Lunatic asylums Madras 1892-1911 - 1892-1911
Year: 1892
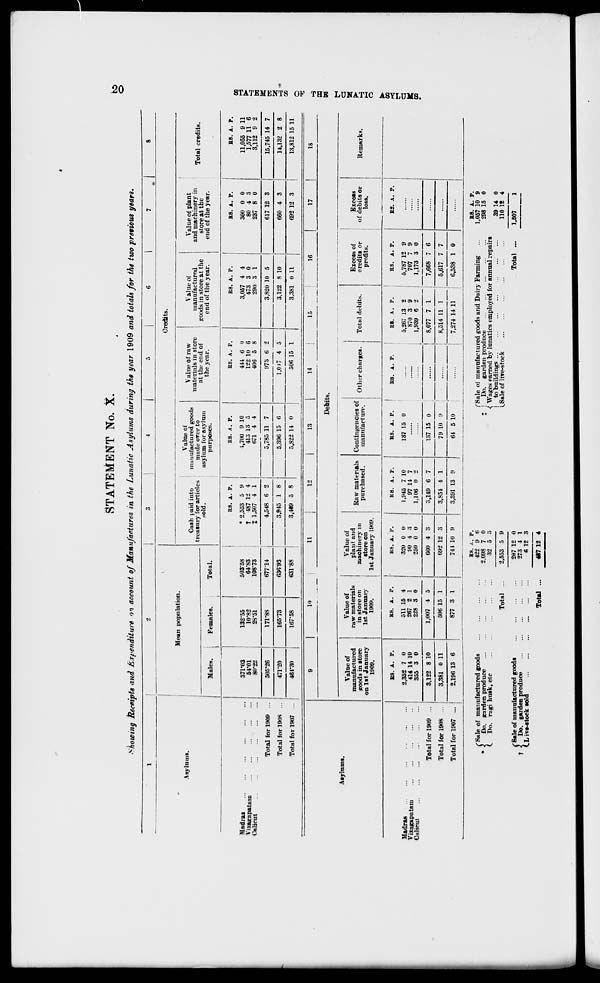
STATEMENT No. X.
^howtng Receipts and Expenditure 01 account of Manufactures in the Lunatic Asylums during the year 1909 and totals for the two previous years.
O
Mean population.
Asylums.
Males.
Females.
Total.
Credits.
Cash paid into
treasury for articles
sold.
Value of
manufactured goods
made orer to
asylum for asylum
purposes.
Value of raw
materials in store
at the end of
the year.
Value of
manufactured
goods in store at the
end of the year.
Value of plant
and machinery in
store at the
end of the year.
Total credits.
Madras
ViKagapatam
Calicut
Total for 1909
Total for]90S
Total for 1907
371-03
54*01
80-22
505-26
471-20
46P30
132-55
10-82
28-51
171-88
165-73
167-58
503-58
64-S3
108-73
R8. A. P.
* 2,553 5 9
t 487 12 4
X 1,507 4 1
67714
636-93
4,548 6 2
3,945 1 8
631-88
3,4*9 5 8
R8. A. P.
1,700 9 10
413 13 5
671 4 4
5,785 11 7
5,396 15 6
5,822 14 0
RS. A. P.
444 6 0
122 10 6
406 5 8
973 6 2
1,0 r,
506 15 1
BS. A. P.
3,057 4 4
473 3 0
29(1 3 1
3,820 10 5
KS. A. P.
300 0 0
80 4 3
237 8 0
617 12 3
3,122 8 10
3,381 0 11
660 4 3
692 12 3
B8. A. P.
11,055 9 11
1,577 11 6
3,112 9 2
15,745 14 7
14,132 2 8
13,812 15 11
CO
H
CO
C
•-3
a
M
a
►
CO
f
a
K
GO
Asylums.
9
10
11
12
1
I
M
14
i
15
16
17
1
18
Debits.
Value of
manufactured
goods in store
on 1st January
1909.
Value of
raw materials
in store on
1st January
1909.
Value of
plant and
machinery in
store on
1st January 1909.
Raw materials
purchased.
Contingencies of
manufacture.
Other charges.
Total dehits.
Excess of
credits or
profits.
Excess
of debits or
loss.
Remarks.
1
Madras
Vizagapatam
Cslicut
Total for 1909 ...
Total for 1908 ...
Total for 1907 ... !
B8. A. P.
2,352 7 0
414 14 10
355 3 0
BS. A. P.
511 15 4
267 2 1
228 3 0
RS. A. P.
320 0 0
90 4 3
250 0 0
R8. A. P.
1,945 7 10
97 14 7
1,106 0 2
1
RS. A. P.
R8. A. P.
137 15 0
i
RS. A. P.
5,267 13 2
870 3 9
1,939 6 2
ES. A. P.
5,787 12 9
707 7 9
1,173 3 0
BS. A. P.
1
3,122 8 10
1,007 4 5
660 4 3
3,149 6 7
137 15 0
1
8,077 7 1
7,668 7 6
3,381 0 11
506 15 1
692 12 3
3,851 1 1
79 10 !'
8,514 11 1
5,617 7 7
2,196 13 6
877 3 I
741 10 9
3,391 13 !»
64 5 10
7,274 14 11
6,538 1 0
(Sale of manufactured goods
<
Do. garden produce
C Do. ragi husk, etc
BS. /.. p.
422 9 6
2,098 7 0
32 5 3
{
Sale of manufactured goods
Do. garden produce
L ive-stock sold
Total
Total
2,553 5 9
207 12
273 4
6 12
0
1
3
417 12 4
("Sale of manufactured goods and Dairy Farming
I Do. garden produce
■< Wages earned by lunatics employed for annual repairs
to buildings
LSale of lire-stock
Total ...
as. A. p.
1,057 10 9
298 15 0
39 14
110 18
1,507